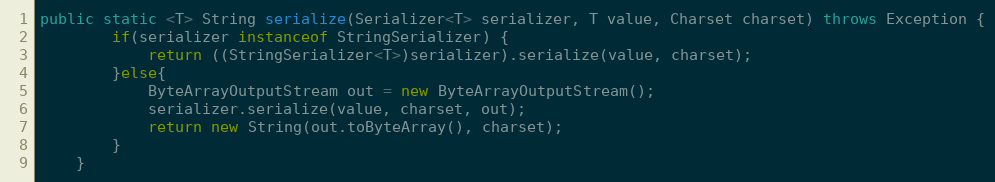
Language: Java
public static <T> String serialize(Serializer<T> serializer, T value, Charset charset) throws Exception {
        if(serializer instanceof StringSerializer) {
            return ((StringSerializer<T>)serializer).serialize(value, charset);
        }else{
            ByteArrayOutputStream out = new ByteArrayOutputStream();
            serializer.serialize(value, charset, out);
            return new String(out.toByteArray(), charset);
        }
    }